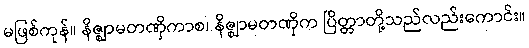
မဖြစ်ကုန်။ နိဇ္ဈာမတဏှိကာစ၊ နိဇ္ဈာမတဏှိက ပြိတ္တာတို့သည်လည်းကောင်း။